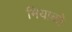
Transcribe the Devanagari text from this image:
मियाको